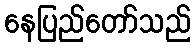
နေပြည်တော်သည်